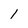
Character: 1